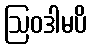
ဩဝဒါမပိ